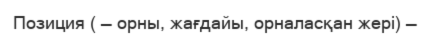
Позиция ( — орны, жағдайы, орналасқан жері) —